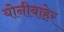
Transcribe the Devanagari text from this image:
योनीबाहेर